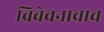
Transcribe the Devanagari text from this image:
विवेचनाचाच